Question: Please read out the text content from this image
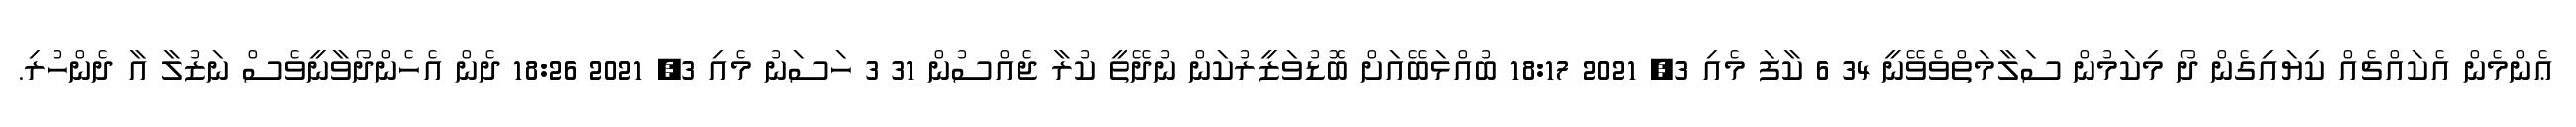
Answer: ޢެންމެން އެކައްޗެއް ކިޔައިގެން ދޯ މިކަމުން ސަލާމަތްވެވޭނީ 34 6 ކާފަ މެއި 3, 2021 18:17 ބުއްޅަބޭއަށް ބޮޑުވަޒީރުކަން ނުދޭތީ ކުރާ ޖެއްސުން 31 3 ހަސަނު މެއި 3, 2021 18:26 ދެން އެހެންދޯވާނީވެސް ނަޒުލާ އާ ދެންހުރި.